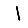
Digit: 1